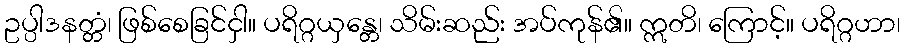
ဥပ္ပါဒနတ္တံ၊ ဖြစ်စေခြင်ငှါ။ ပရိဂ္ဂယှန္တေ၊ သိမ်းဆည်း အပ်ကုန်၏။ ဣတိ၊ ကြောင့်။ ပရိဂ္ဂဟာ၊